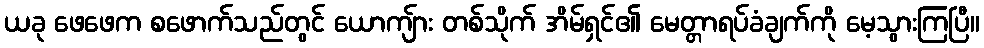
ယခု ဖေဖေက စဖောက်သည်တွင် ယောကျ်ား တစ်သိုက် အိမ်ရှင်၏ မေတ္တာရပ်ခံချက်ကို မေ့သွားကြပြီ။